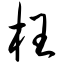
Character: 枉